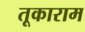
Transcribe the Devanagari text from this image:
तूकाराम